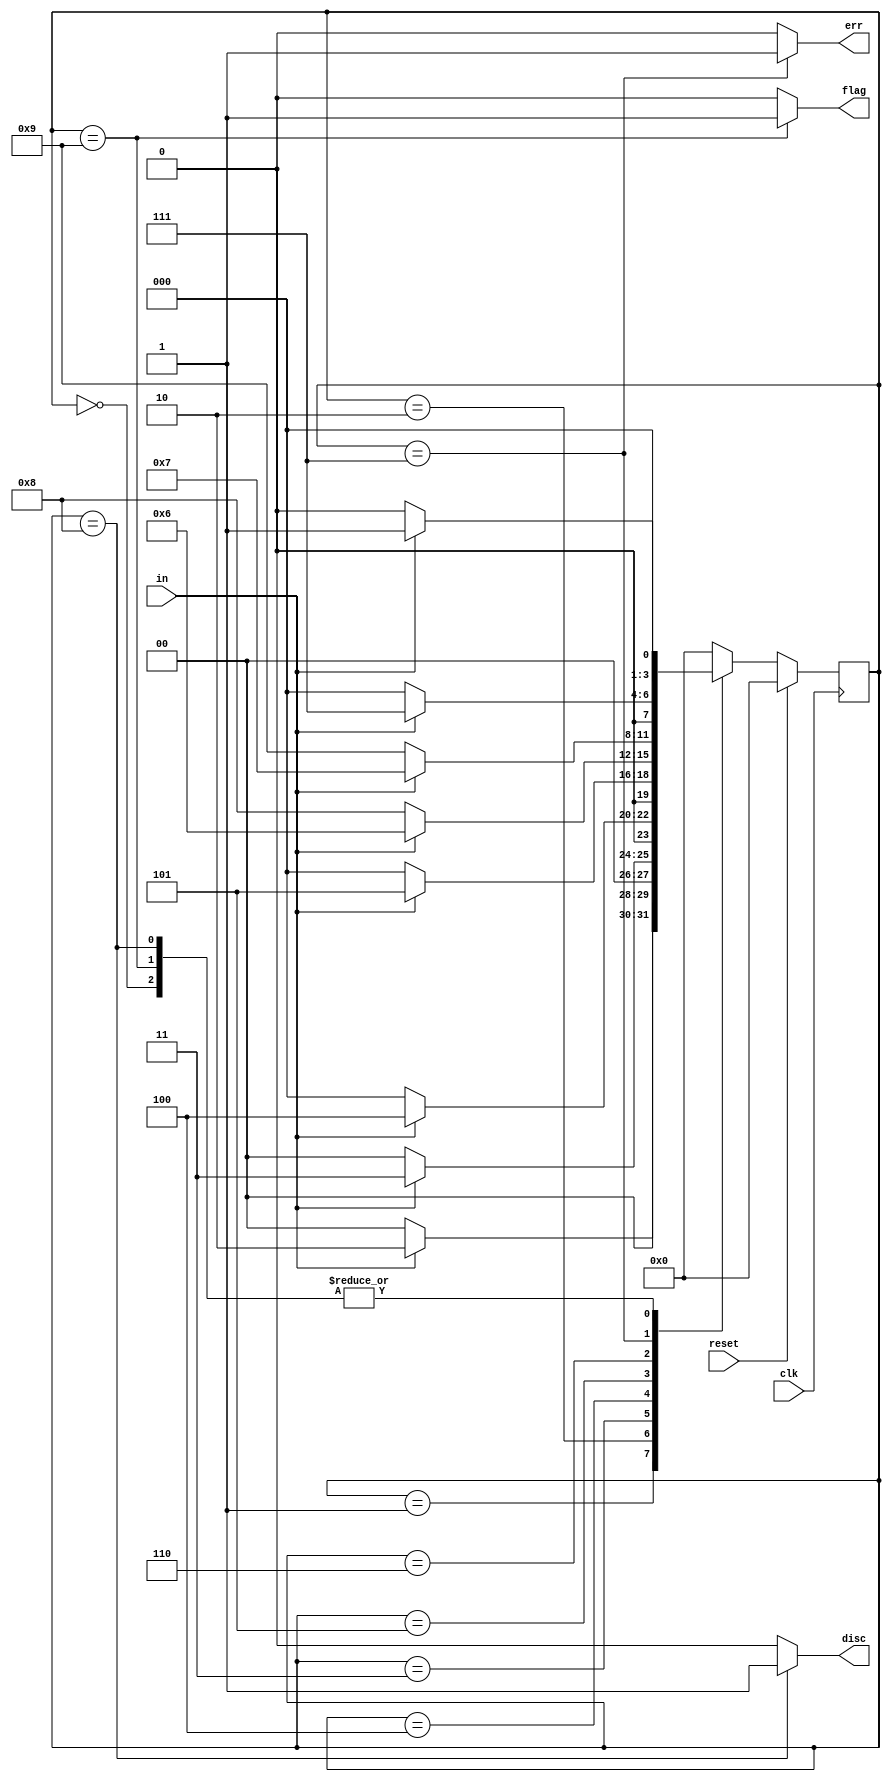
//Synchronous HDLC framing involves decoding a continuous bit stream of data to look for bit patterns that indicate the beginning and end of frames (packets).
//Seeing exactly 6 consecutive 1s (i.e., 01111110) is a flag that indicate frame boundaries. 
//To avoid the data stream from accidentally containing flags, the sender inserts a zero after every 5 consecutive 1s which the receiver must detect and discard.
//We also need to signal an error if there are 7 or more consecutive 1s.

//Create a finite state machine to recognize these three sequences

//0111110 Signal a bit needs to be discarded (disc).
//01111110 Flag the beginningend of a frame (flag).
//01111111... Error (7 or more 1s) (err).
//When the FSM is reset, it should be in a state that behaves as though the previous input were 0.

//Hint...
//Use a Moore state machine with around 10 states.

module top_module(
    input clk,
    input reset,    // Synchronous reset
    input in,
    output disc,
    output flag,
    output err);

    parameter NONE = 0,
              COMBO1 = 1,
              COMBO2 = 2,
              COMBO3 = 3,
              COMBO4 = 4,
              COMBO5 = 5,
              COMBO6 = 6,
              ERROR = 7,
              DISCARD = 8,
              FLAG = 9;

    parameter LOW = 0, HIGH = 1;

    reg [3:0] state, next_state;

    always @(*) begin
        case (state)
            NONE:    next_state = (in == LOW)  ? NONE   : COMBO1;
            COMBO1:  next_state = (in == HIGH) ? COMBO2 : NONE;
            COMBO2:  next_state = (in == HIGH) ? COMBO3 : NONE;
            COMBO3:  next_state = (in == HIGH) ? COMBO4 : NONE;
            COMBO4:  next_state = (in == HIGH) ? COMBO5 : NONE;
            COMBO5:  next_state = (in == HIGH) ? COMBO6 : DISCARD;
            COMBO6:  next_state = (in == HIGH) ? ERROR  : FLAG;
            ERROR:   next_state = (in == HIGH) ? ERROR  : NONE;
            FLAG:    next_state = (in == HIGH) ? COMBO1 : NONE;
            DISCARD: next_state = (in == HIGH) ? COMBO1 : NONE;
            default: next_state = NONE;
        endcase
    end
    
    always @(posedge clk) begin
        if (reset) begin
            state <= NONE;
        end
        else begin
            state <= next_state;
        end
    end
    
    assign disc = (state == DISCARD) ? 1 : 0;
    assign flag = (state == FLAG) ? 1 : 0;
    assign err = (state == ERROR) ? 1 : 0;

endmodule